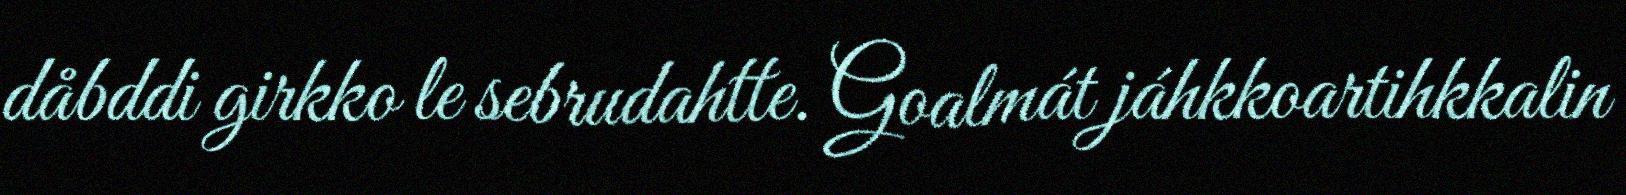
dåbddi girkko le sebrudahtte. Goalmát jáhkkoartihkkalin